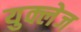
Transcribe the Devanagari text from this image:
युक्लेज